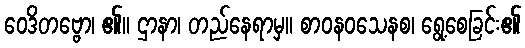
ဝေဒိတဗ္ဗော၊ ၏။ ဌာနာ၊ တည်နေရာမှ။ စာဝနဝသေနစ၊ ရွေ့စေခြင်း၏